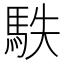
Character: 䭿